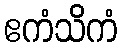
ဧကံသိကံ